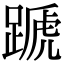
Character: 蹏